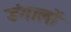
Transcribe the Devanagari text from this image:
डंगालों